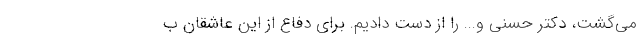
می‌گشت، دکتر حسنی و... را از دست دادیم. برای دفاع از این عاشقان ب